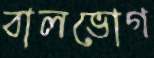
বালভোগ